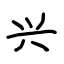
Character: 兴